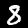
Label: 8